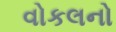
વોકલનો